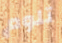
تلوم